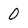
Character: 0